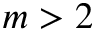
m > 2